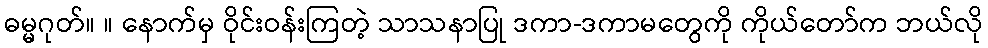
ဓမ္မဂုတ်။ ။ နောက်မှ ဝိုင်းဝန်းကြတဲ့ သာသနာပြု ဒကာ-ဒကာမတွေကို ကိုယ်တော်က ဘယ်လို